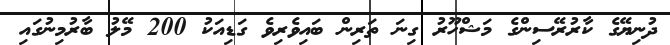
ދުނިޔޭގެ ކާރުރޭސިންގެ މަޝްހޫރު ގިނަ ތަރިން ބައިވެރިވެ ގަޑިއަކު 200 މޭލު ބާރުމިނުގައި